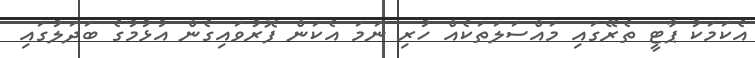
އެކަމަކު ޕާޓީ ތެރޭގައި މައްސަލަތަކެއް ހުރި ނަމަ އެކަން ފޮރުވައިގެން އުޅުމުގެ ބަދަލުގައި